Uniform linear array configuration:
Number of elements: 24
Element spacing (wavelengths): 0.75
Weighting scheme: hamming
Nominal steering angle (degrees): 45
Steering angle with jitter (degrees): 43.111
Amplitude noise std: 0.05
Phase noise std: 0.05

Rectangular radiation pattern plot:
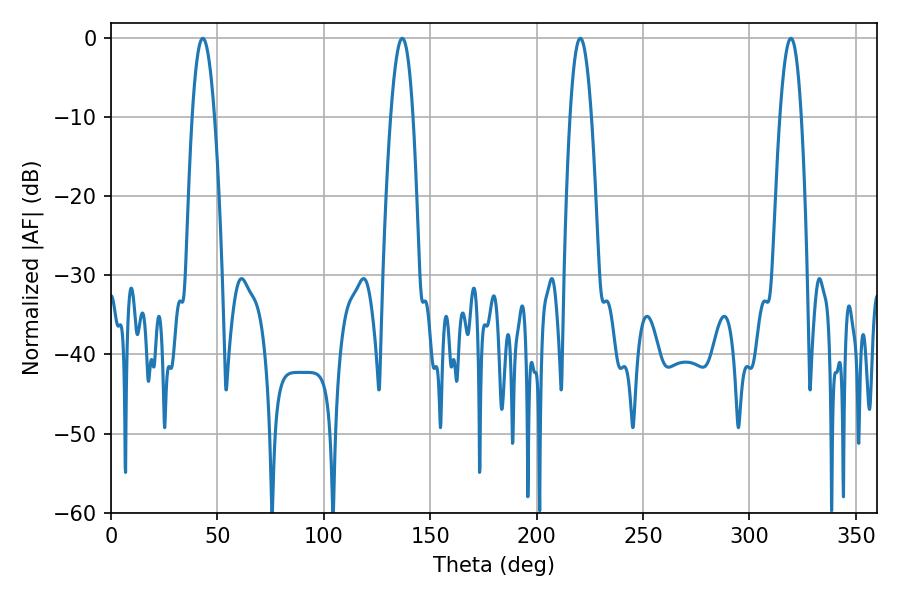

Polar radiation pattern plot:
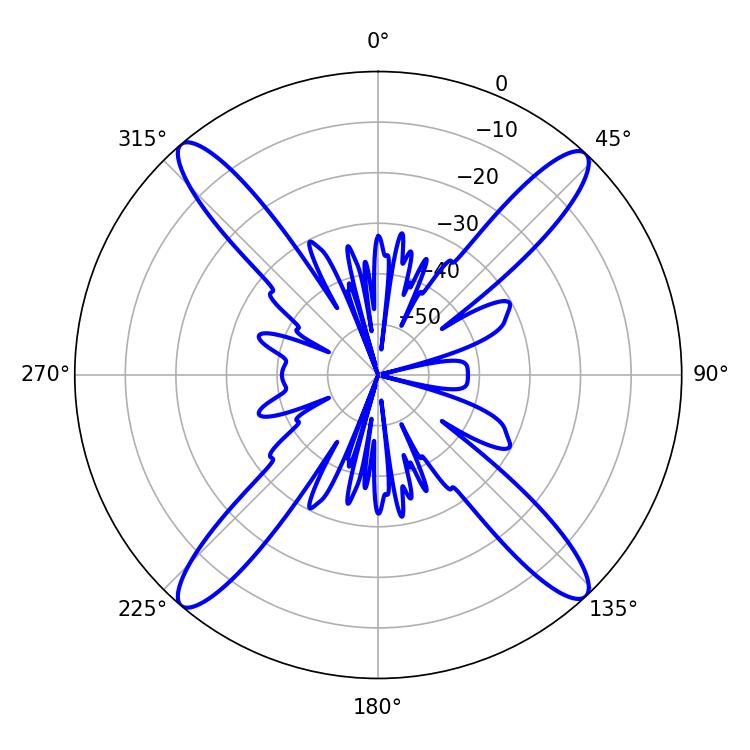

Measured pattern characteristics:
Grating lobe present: TRUE
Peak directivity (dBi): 21.768
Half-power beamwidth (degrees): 5.58
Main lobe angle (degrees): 220.5